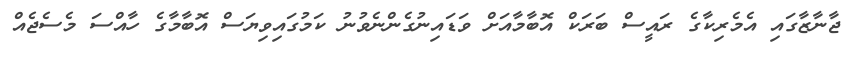
ޖާނާޒާގައި އެމެރިކާގެ ރައީސް ބަރަކް އޮބާމާއަށް ވަޑައިނުގެންނެވުނު ކަމުގައިވިޔަސް އޮބާމާގެ ހާއްސަ މެސެޖެއް